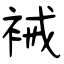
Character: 裓